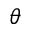
\theta